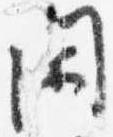
閑